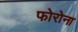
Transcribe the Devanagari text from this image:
फोरोना